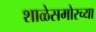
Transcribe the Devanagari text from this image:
शाळेसमोरच्या